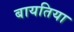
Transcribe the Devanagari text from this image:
बायतिया